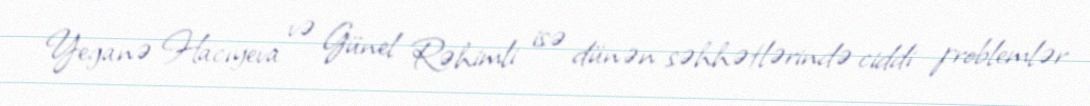
Yeganə Hacıyeva və Günel Rəhimli isə dünən səhhətlərində ciddi problemlər